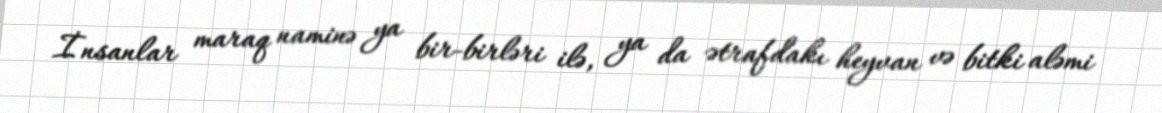
İnsanlar maraq naminə ya bir-birləri ilə, ya da ətrafdakı heyvan və bitki aləmi